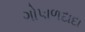
ગોપાળદાદા